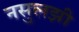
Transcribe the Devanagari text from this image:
नसुलझी